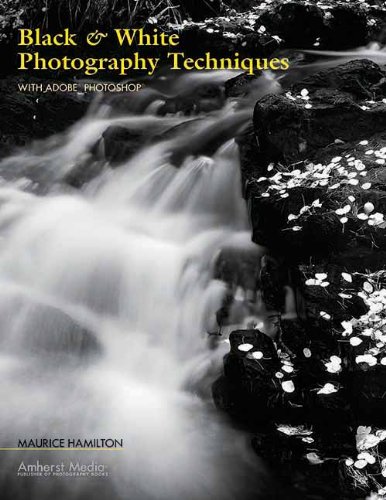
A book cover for Black & White Photography Techniques: With Adobe Photoshop; Maurice Hamilton; Arts & Photography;